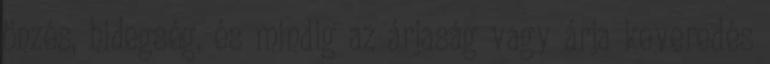
önzés, hidegség, és mindig az árjaság vagy árja keveredés